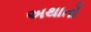
અથાતો